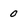
Character: 0